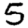
Digit: 5